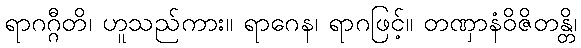
ရာဂဂ္ဂီတိ၊ ဟူသည်ကား။ ရာဂေန၊ ရာဂဖြင့်။ တဏှာနံဝိဇိတန္တိ၊